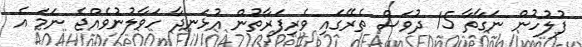
ފުލުހުން ނަގާތާ 15 ދުވަސް ތެރޭގައި ވެރިފަރާތުން އުޅަނދާ ހަވާލުނުވެއްޖެ ނަމަ އެ